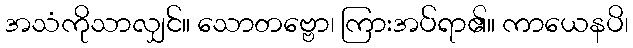
အသံကိုသာလျှင်။ သောတဗ္ဗော၊ ကြားအပ်ရာ၏။ ကာယေနပိ၊